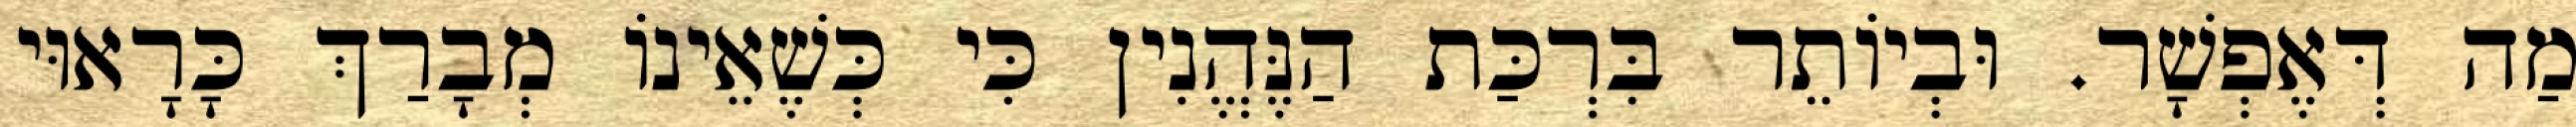
מַה דְּאֶפְשָׁר. וּבְיוֹתֵר בִּרְכַּת הַנֶּהֱנִין כִּי כְּשֶׁאֵינוֹ מְבָרַךְ כָּרָאוּי